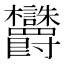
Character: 𬅜